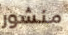
منشور